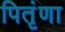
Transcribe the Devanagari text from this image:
पितृंणा